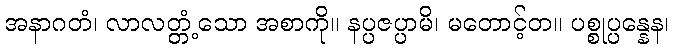
အနာဂတံ၊ လာလတ္တံ့သော အစာကို။ နပ္ပဇပ္ပာမိ၊ မတောင့်တ။ ပစ္စုပ္ပန္နေန၊